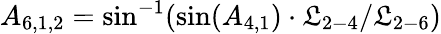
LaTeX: {A_{6,1,2}}=\sin^{-1}(\sin({A_{4,1}})\cdot{\mathfrak{L}_{2-4}}/{\mathfrak{L}_{2-6}})